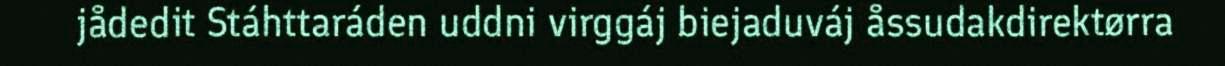
jådedit Stáhttaráden uddni virggáj biejaduváj åssudakdirektørra